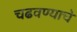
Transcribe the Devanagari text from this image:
चढवण्याचे